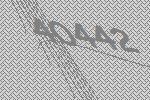
40442